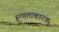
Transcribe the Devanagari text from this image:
रूग्णताकारक